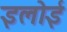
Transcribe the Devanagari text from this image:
इलोई